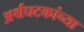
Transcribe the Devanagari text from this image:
अर्थघटकांच्या